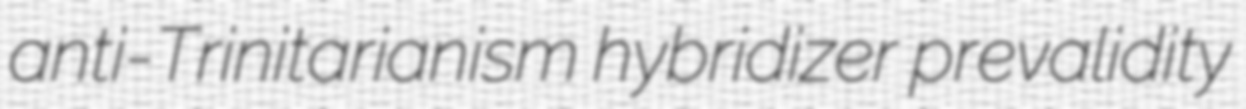
anti-Trinitarianism hybridizer prevalidity